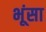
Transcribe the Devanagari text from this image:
भूंसा